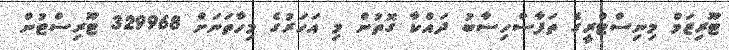
ޓޫރިޒަމް މިނިސްޓްރީގެ ތަފާސްހިސާބު ދައްކާ ގޮތުން މި އަހަރުގެ މިހާތަނަށް 329968 ޓޫރިސްޓުން